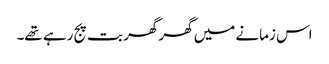
اس زمانے میں گھر گھر بت پج رہے تھے۔